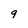
Character: g